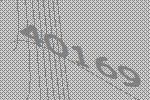
40169